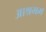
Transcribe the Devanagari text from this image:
आश्रमम